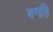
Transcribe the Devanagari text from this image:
बनहि